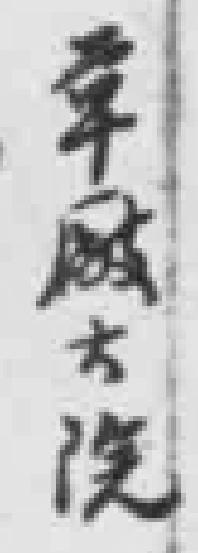
*院